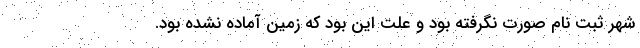
شهر ثبت نام صورت نگرفته بود و علت این بود که زمین آماده نشده بود.